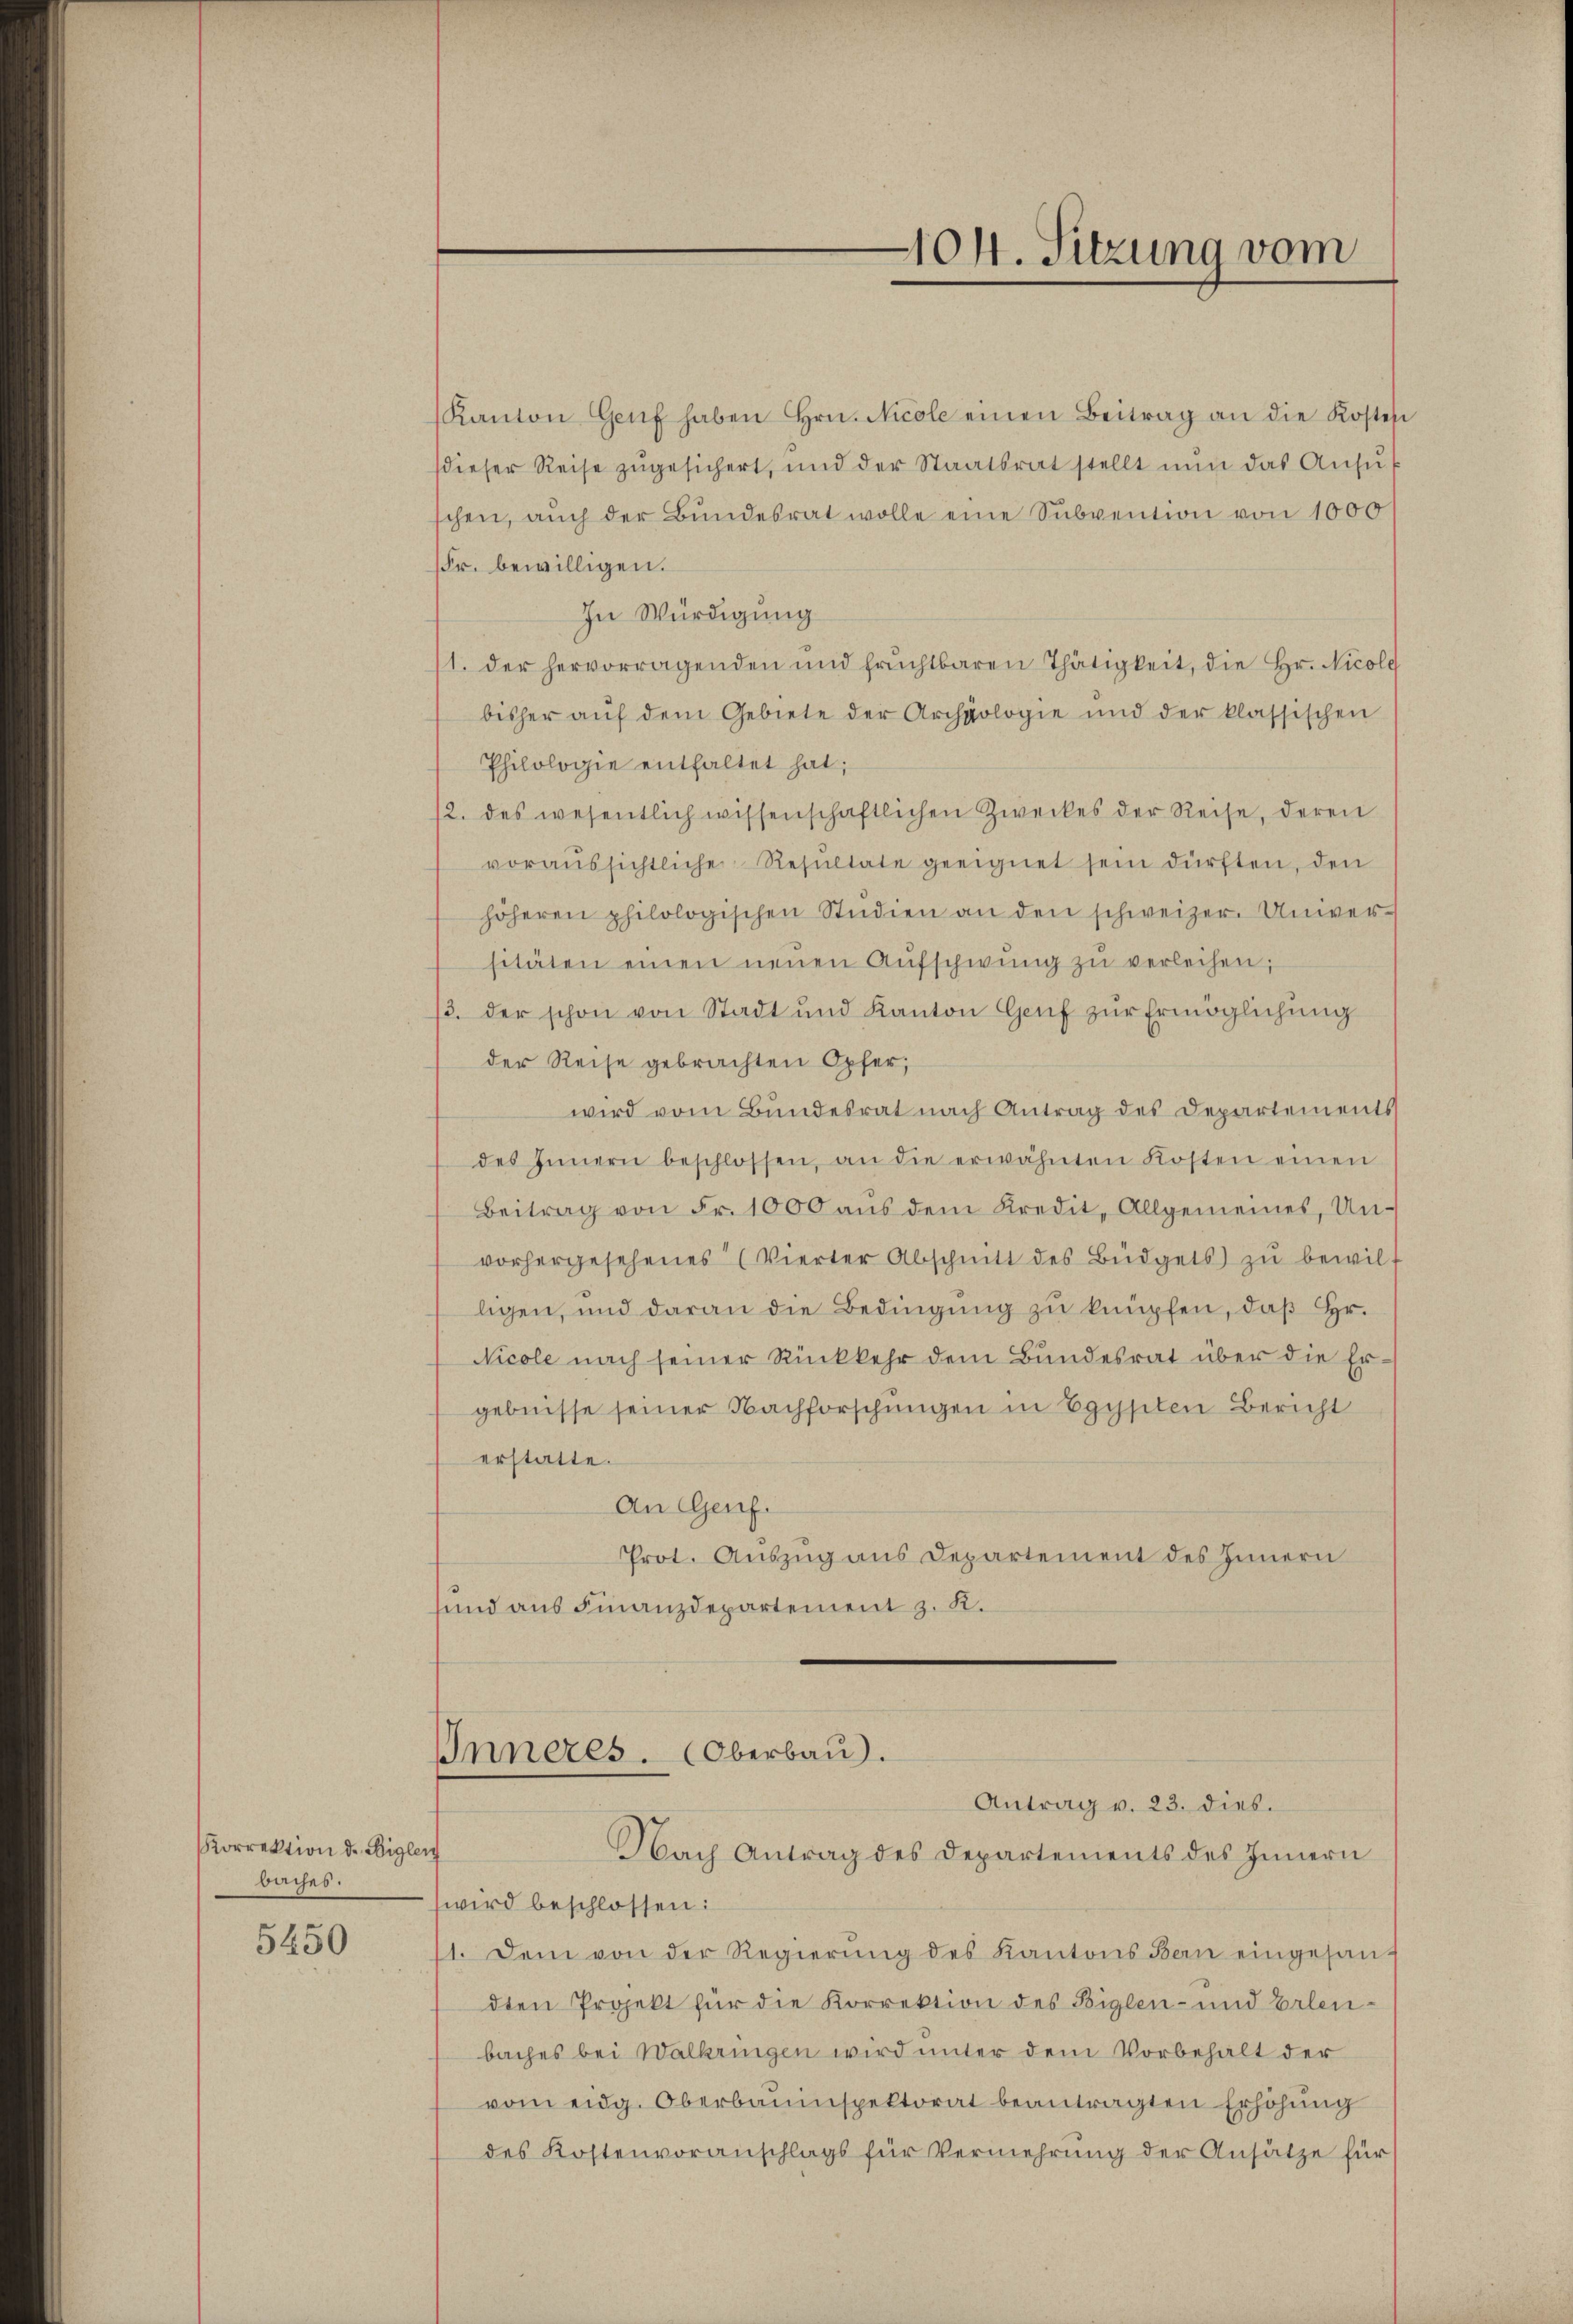
Korrektion d. Bigleich
baches.

5450

Inneres. (Oberbau).
Antrag v. 23. dies.

Kanton Genf haben Hrn. Nicole einen Beitrag an die Kosten
dieser Reise zŭgesichert, und der Staatsrat stellt nŭn das Ansŭ
schen, auch der Bundesrat wolle eine Subvention von 1000
Fr. bewilligen.
In Würdigung
11. der hervorragenden und fruchtbaren Thätigkeit, die Hr. Nicola
bisher aŭf dem Gebiete der Archäologie und der klassischen
Philologie enthaltet hat;
12. des wesentlich wissenschaftlichen Zweckes der Reise, deren
voraussichtliche Resultate geeignet sein dürften, den
höheren philologischen Studien an den schweizer. Univer-
sitäten einen neuen Aŭfschwung zŭ verleihen;
/3. der schon von Stadt und Kanton Genf zur Ermöglichung
der Reise gebrachten Opfer,
wird vom Bundesrat nach Antrag des Departements
des Innern beschlossen, an die erwähnten Kosten einen
Beitrag von Fr. 1000 aŭs dem Kredit, Allgemeines, Unvorhergesehenes Vierter Abschnitt des Büdgets zŭ bewilligen, und daran die Bedingŭng zu knüpfen, daß Hr.
Nicole nach seiner Rückkehr dem Bundesrat über die Er
gebnisse seiner Nachforschungen in Egypten Bericht
erstatte.
An Genf.
Prot. Auszug aus Departement des Innern
sund aus Finanzdepartement z. K.

Nach Antrag des Departements des Innern
wird beschlossen:
11. Dem von der Regierŭng des Kantons Bern eingesan-
dten Projekt für die Korrektion des Biglen- und Erlenbaches bei Walkringen wird unter dem Vorbehalt der
vom eidg. Oberbauinspektorat beantragten Erhöhung
des Kostenvoranschlags für Vermehrung der Ansätze für

104. Sitzung vom